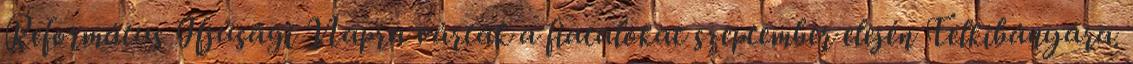
Református Ifjúsági Napra várták a fiatalokat szeptember elején Telkibányára.